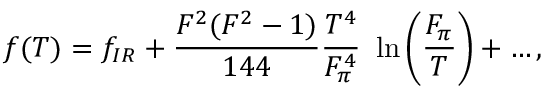
f ( T ) = f _ { I R } + \frac { F ^ { 2 } ( F ^ { 2 } - 1 ) } { 1 4 4 } \frac { T ^ { 4 } } { F _ { \pi } ^ { 4 } } ~ \ln \left( \frac { F _ { \pi } } { T } \right) + \ldots ,